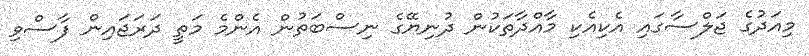
މިއަދުގެ ޖަލްސާގައި އެކިއެކި މާއްދާތަކުން ދުނިޔޭގެ ނިސްބަތުން އެންމެ މަތީ ދަރަޖައިން ފާސްވި